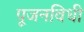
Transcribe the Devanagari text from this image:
पूजनविधी